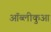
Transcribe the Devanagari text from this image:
ऑब्लीकुआ